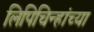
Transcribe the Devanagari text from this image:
लिपिचिन्हांच्या